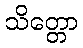
သိတ္တော